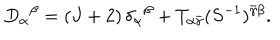
LaTeX: D _ { \alpha } { } ^ { \beta } = ( J + 2 ) \, \delta _ { \alpha } { } ^ { \beta } + T _ { \alpha \bar { \gamma } } ( S ^ { - 1 } ) ^ { \bar { \gamma } \beta } .